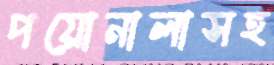
পয়োনালাসহ